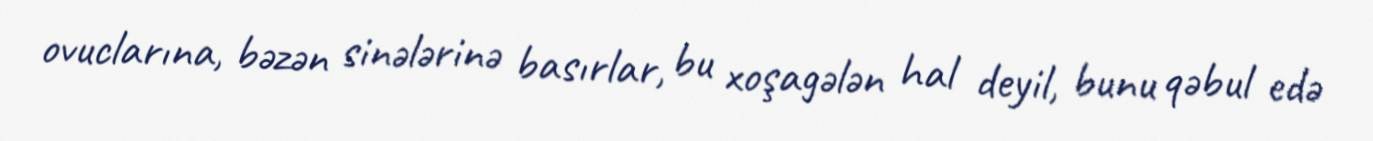
ovuclarına, bəzən sinələrinə basırlar, bu xoşagələn hal deyil, bunu qəbul edə